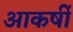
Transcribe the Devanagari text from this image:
आकर्षी